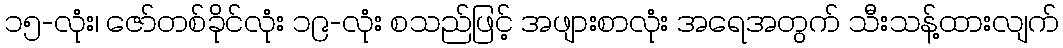
၁၅-လုံး၊ ဇော်တစ်ခိုင်လုံး ၁၉-လုံး စသည်ဖြင့် အဖျားစာလုံး အရေအတွက် သီးသန့်ထားလျက်